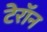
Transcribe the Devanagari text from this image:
टेरॉन